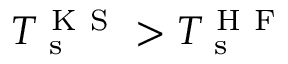
T _ { \mathrm { ~ s ~ } } ^ { \mathrm { ~ K ~ S ~ } } > T _ { \mathrm { ~ s ~ } } ^ { \mathrm { ~ H ~ F ~ } }